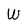
Character: W